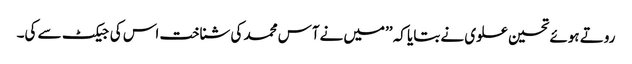
روتے ہوئے تحسین علوی نے بتایا کہ ’’میں نےآس محمد کی شناخت اس کی جیکٹ سے کی۔